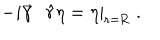
\left. - i \vec { \gamma } \cdot \hat { r } \eta = \eta \right| _ { \mathrm { r = R } } \ .